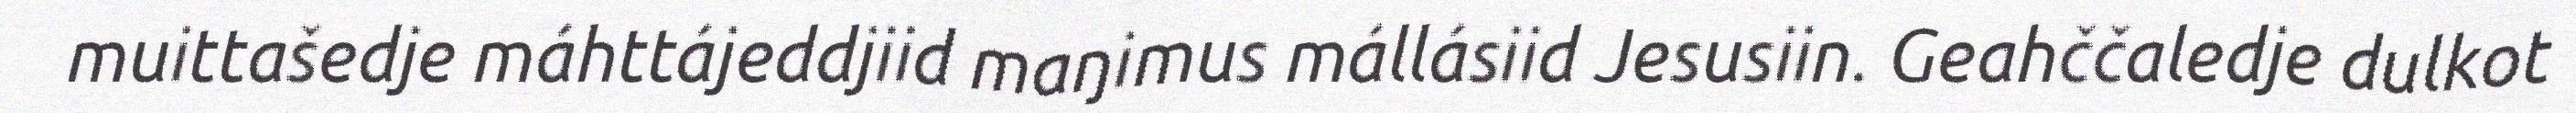
muittašedje máhttájeddjiid maŋimus mállásiid Jesusiin. Geahččaledje dulkot